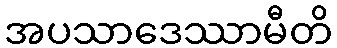
အပသာဒေဿာမီတိ